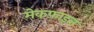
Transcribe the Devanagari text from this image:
मेकफ़ाइल